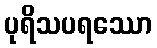
ပုရိသပရဿော